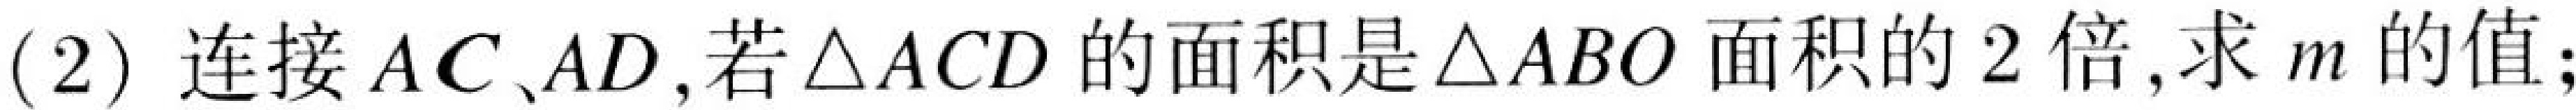
(2) 连接 \(AC、AD\),若\(\triangle ACD\)的面积是\(\triangle ABO\)面积的\(2\)倍,求\(m\)的值;